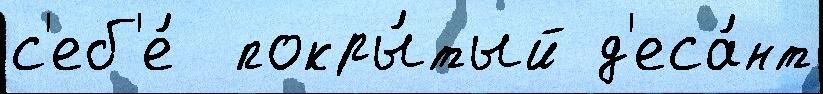
с'еб'е́  покры́тый д'еса́нт